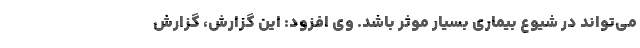
می‌تواند در شیوع بیماری بسیار موثر باشد. وی افزود: این گزارش، گزارش